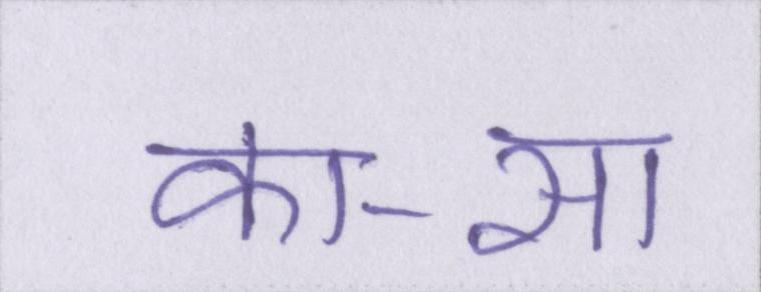
का-सा